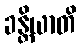
ခန္တိယာတိ